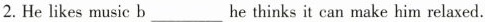
2. He likes music b___ he thinks it can make him relaxed.